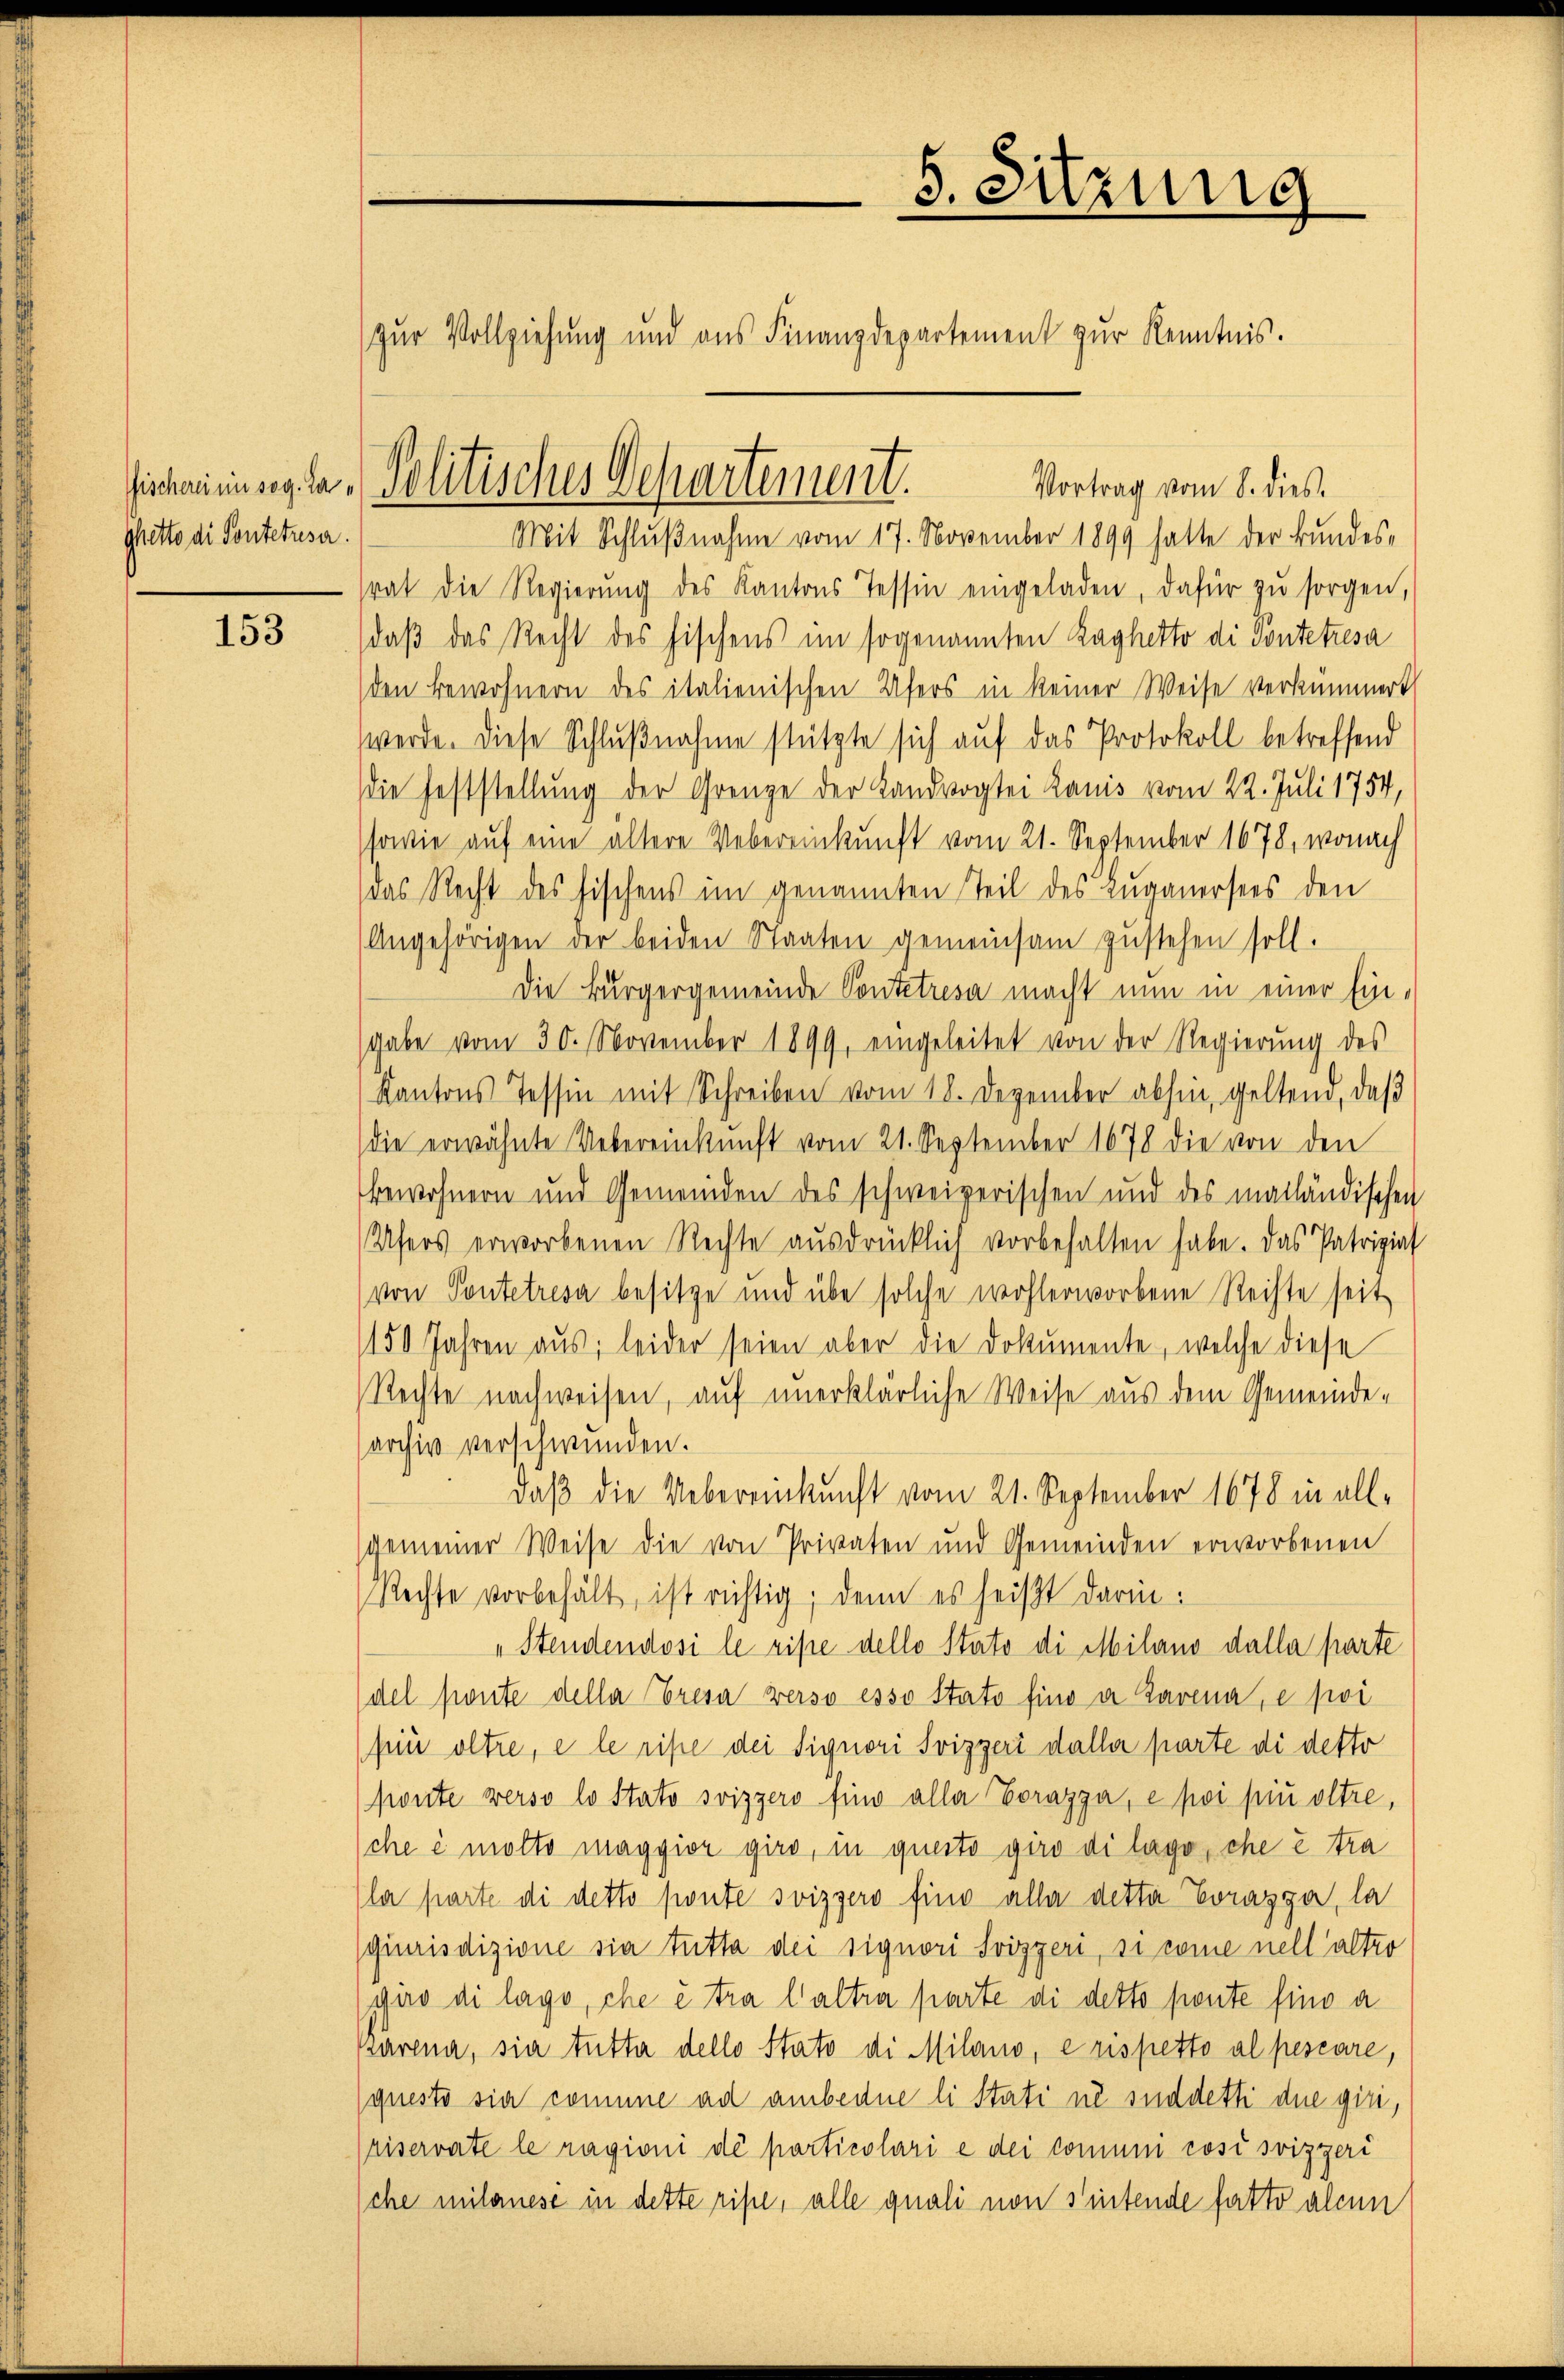
Gischerei in sog. La¬
Gfetto di Pontetusa.

153

5. Sitzung
zur Vollziehung und aus Finanzdepartement zur Kenntnis.

Vortrag vom 8. dies.
Mit Schlußnahme vom 17. November 1899 hatte der Bundes-
rat die Regierŭng des Kantons Tessin eingeladen, dafür zŭ sorgen,
daß das Recht des Fischens im sogenannten Raghetto di Pontetzesa
den Bewohnern des italienischen Ufers in keiner Weise verkümmert
werde. Diese Schlŭβnahme stützte sich auf das Protokoll betreffend
die Feststellung der Grenze der Landvogtei Lauis vom 22. Juli 1754,
sowie auf eine ältere Uebereinkunft vom 21. September 1678, wonach
das Recht des Fischens im genannten Teil des Luganersees den
Angehörigen der beiden Staaten gemeinsam zustehen soll.
Die Bürgergemeinde Pontetresa macht nun in einer Ein-
gabe vom 30. November 1899, eingeleitet von der Regierung des
Kantons Tessin mit Schreiben vom 18. Dezember abhin, geltend, daβ
die erwähnte Uebereinkunft vom 21. September 1678 die von den
Bewohnern und Gemeinden des schweizerischen und des mailändischen
Ufers erworbenen Rechte ausdrücklich vorbehalten habe. Das Patriziat
von Pontetresa besitze und übe solche wohlerworbene Rechte seit
150 Jahren aus; leider seien aber die Dokumente, welche diese
Rechte nachweisen, auf unerklärliche Weise aus dem Gemeinde-
sarchiv verschwunden.
daß die Uebereinkunft vom 21. September 1678 in all-
gemeiner Weise die von Privaten und Gemeinden erworbenen
Rechte vorbehält, ist richtig; denn es heißt darin:
„Stendendosi le rise dello Stato di Milano dalla parte
del fonte della Presa verso esso stato fino a Tavena, e poi
pin oltre, e le rise dei Signori Svizzeri daller parte di detto
ponte verso lo stato svizzero fino alle Corazza, e poi pii oltre,
che e molto maggior giro, in questo giro di lago, che e tra
la parte di detto ponte Svizzero fino alle detta Corasga, la
qiurisdizione sie tutta dei signori Svizzeri, si come nell alter
gio di lago, che e tra l’altra parte di detto pente sind a
Bärena, sie tutter dello Stato di Milano, e rispetto al pescare,
questo sia comune ad ambedue li stati ne süddeth die giri,
riservate le ragioni dé particolari e dei comum cosisvizgeri
che mitanesi in dette ripe, alle quali non sintende fatto alcun

Politisches Departement.